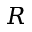
R